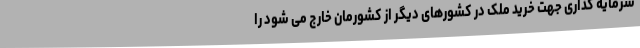
سرمایه گذاری جهت خرید ملک در کشورهای دیگر از کشورمان خارج می شود را